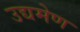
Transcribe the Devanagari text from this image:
उद्यमेण